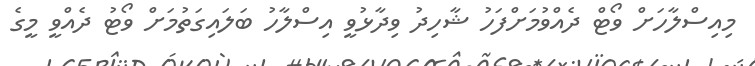
މިއިސްލާހަށް ވޯޓް ދެއްވުމަށްފަހު ޝާހިދު ވިދާޅުވީ އިސްލާހު ބަލައިގަތުމަށް ވޯޓު ދެއްވީ މީގެ